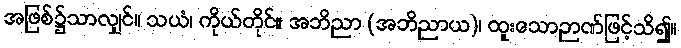
အဖြစ်၌သာလျှင်။ သယံ၊ ကိုယ်တိုင်။ အဘိညာ (အဘိညာယ)၊ ထူးသောဉာဏ်ဖြင့်သိ၍။